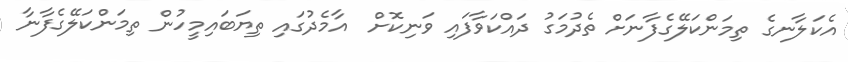
އެކަލާނގެ ތިމަންކަލޭގެފާނަށް ތެދުމަގު ދައްކަވާފައި ވަނިކޮށް  އާމެދުގައި ތިޔަބައިމީހުން ތިމަންކަލޭގެފާނާ